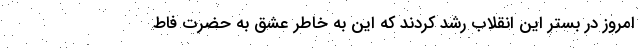
امروز در بستر این انقلاب رشد کردند که این به خاطر عشق به حضرت فاط